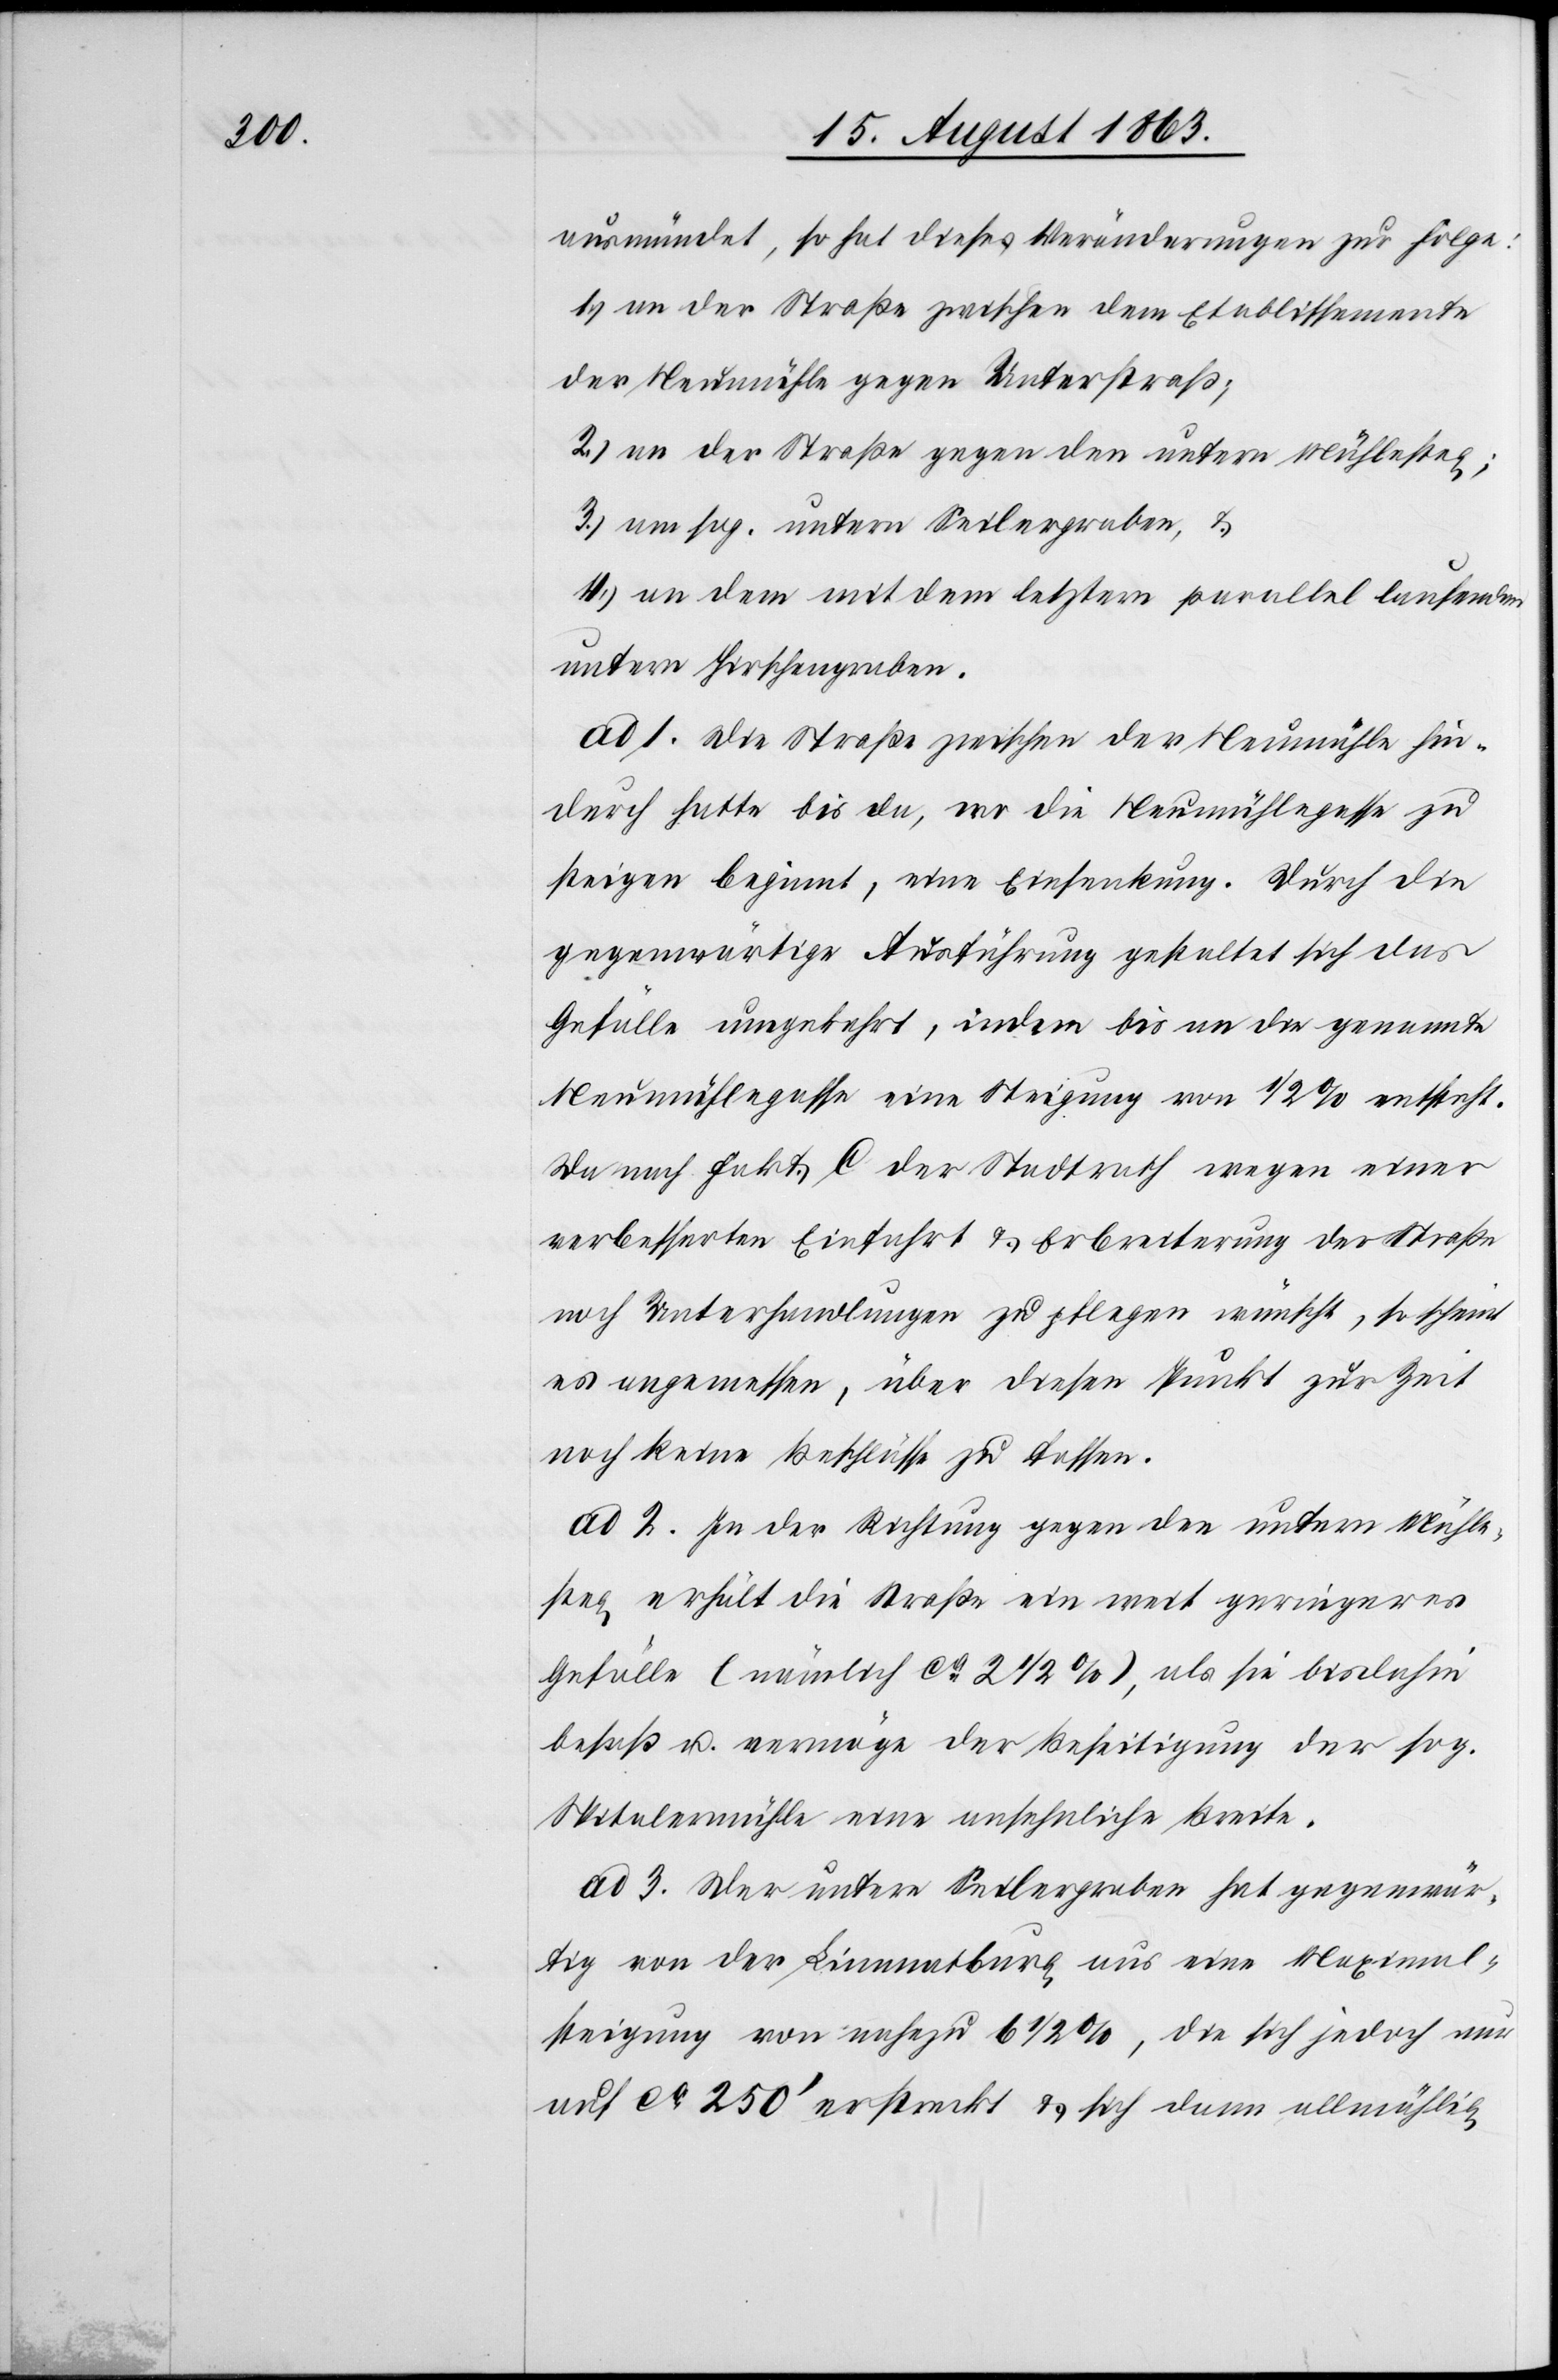
ausmündet, so hat dieses Veränderungen zur Folge:
1.) an der Straße zwischen dem Etablissemente
der Neumühle gegen Unterstraß;
2.) an der Straße gegen den untern Mühlesteg;
3.) am sog. untern Seilergraben, &
4.) an dem mit dem letztern parallel laufenden
untern Hirschengraben.
ad 1. Die Straße zwischen der Neumühle hin¬
durch hatte bis da, wo die Neumühlegasse zu
steigen beginnt, eine Einsenkung. Durch die
gegenwärtige Ausführung gestaltet sich das
Gefälle umgekehrt, indem bis an die genannte
Neumühlegasse eine Steigung von 1/2% entsteht.
Da nach Fakt. C der Stadtrath wegen einer
verbesserten Einfahrt & Erbreiterung der Straße
noch Unterhandlungen zu pflegen wünscht, so scheint
es angemessen, über diesen Punkt zur Zeit
noch keine Beschlüsse zu fassen.
ad 2. In der Richtung gegen den untern Mühle¬
steg erhält die Straße ein weit geringeres
Gefälle (nämlich ca 2 1/2 %), als sie bisdahin
besaß u. vermöge der Beseitigung der sog.
Spitalermühle eine ansehnliche Breite.
ad 3. Der untere Seilergraben hat gegenwär¬
tig von der Limmatburg aus eine Maximal¬
steigung von nahezu 6 1/2 %, die sich jedoch nur
auf ca 250' erstreckt & sich dann allmählig